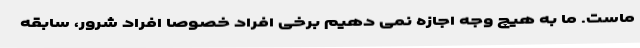
ماست. ما به هیچ وجه اجازه نمی دهیم برخی افراد خصوصا افراد شرور، سابقه